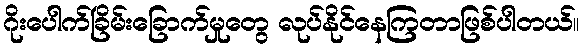
ဂိုးပေါက်ခြိမ်းခြောက်မှုတွေ လုပ်နိုင်နေကြတာဖြစ်ပါတယ်။